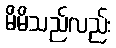
မိမိသည်လည်း